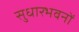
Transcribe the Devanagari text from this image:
सुधारभवनों